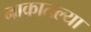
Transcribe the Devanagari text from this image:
नाकातल्या